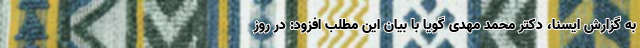
به گزارش ایسنا، دکتر محمد مهدی گویا با بیان این مطلب افزود: در روز